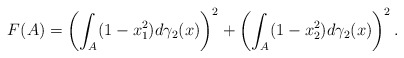
\begin{align*}F(A)=\left(\int_{A}(1-x_{1}^{2})d\gamma_{2}(x)\right)^{2}+\left(\int_{A}(1-x_{2}^{2})d\gamma_{2}(x)\right)^{2}.\end{align*}